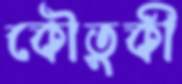
কৌতুকী